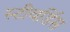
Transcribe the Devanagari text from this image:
स्‍टीवर्डिस